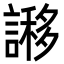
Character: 謻